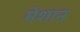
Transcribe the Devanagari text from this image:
मेशान